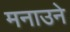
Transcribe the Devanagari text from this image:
मनाउने